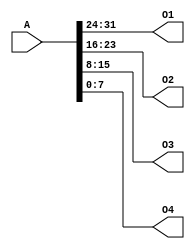
`timescale 1ns / 1ps
//////////////////////////////////////////////////////////////////////////////////
// Company: 
// Engineer: 
// 
// Design Name: 
// Module Name:    splitter 
// Project Name: 
// Target Devices: 
// Tool versions: 
// Description: 
//
// Dependencies: 
//
// Revision: 
// Revision 0.01 - File Created
// Additional Comments: 
//
//////////////////////////////////////////////////////////////////////////////////
module splitter(
    input [31:0] A,
    output [7:0] O1,
    output [7:0] O2,
    output [7:0] O3,
    output [7:0] O4
    );

	assign O4 = A[7:0];//{A[7],A[6],A[5],A[4],A[3],A[2],A[1],A[0]};
	assign O3 = {A[15],A[14],A[13],A[12],A[11],A[10],A[9],A[8]};
	assign O2 = {A[23],A[22],A[21],A[20],A[19],A[18],A[17],A[16]};
	assign O1 = {A[31],A[30],A[29],A[28],A[27],A[26],A[25],A[24]};
endmodule